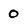
Character: 0